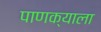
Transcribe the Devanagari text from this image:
पाणक्याला